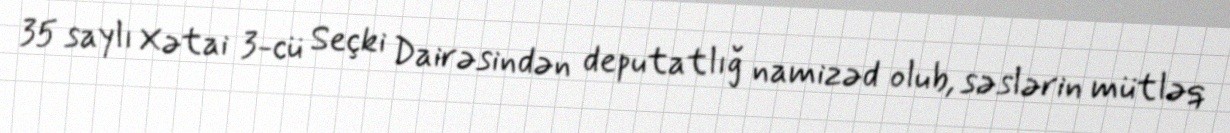
35 saylı Xətai 3-cü Seçki Dairəsindən deputatlığ namizəd olub, səslərin mütləq